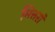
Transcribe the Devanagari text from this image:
मित्तरां